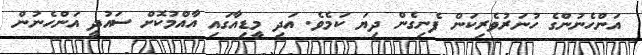
އަންހެނުންގެ ހުނަރުވެރިކަން ފެނިގެން ދިޔަ ކަމެވެ. އަދި މީޑިއާގައި އާއްމުކޮށް ސައުދީ އަންހެނުން